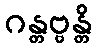
ဂန္တဗ္ဗန္တိ